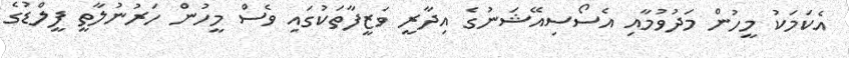
އެކަމަކު މީހުން މަދުވުމާއި އެސޯސިއޭޝަނުގެ އިދާރީ ވަޒީފާތަކުގައި ވެސް މީހުުން ހަރުނުލާތީ ފީލްޑުގެ